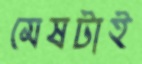
মেষটাই